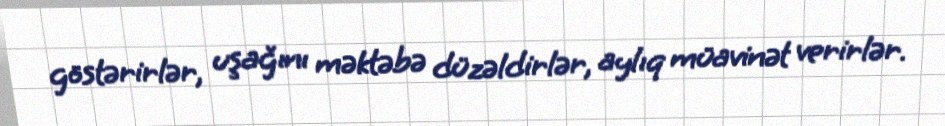
göstərirlər, uşağını məktəbə düzəldirlər, aylıq müavinət verirlər.